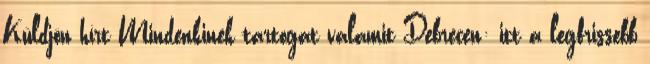
Küldjön hírt Mindenkinek tartogat valamit Debrecen: itt a legfrissebb